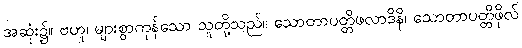
အဆုံး၌။ ဗဟူ၊ များစွာကုန်သော သူတို့သည်။ သောတာပတ္တိဖလာဒိနိ၊ သောတာပတ္တိဖိုလ်